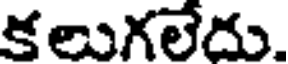
కలుగలేదు.